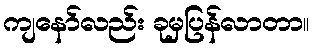
ကျနော်လည်း ခုမှပြန်လာတာ။